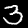
Label: 3